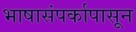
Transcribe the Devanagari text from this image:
भाषासंपर्कापासून